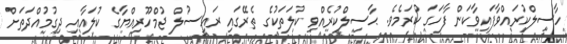
ހާސިލްކުރައްވާފައިވާކަން ފާހަގަ ކުރަމެވެ. ޙާސިލްކުރެއްވި ކުލަތަކުގެ ތެރޭގައި ރައީސުލް ޖުމްހޫރިއްޔާގެ ކުލައާއި ދިގުމުއްދަތަށް